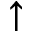
\uparrow